Annual administration report of the Civil Veterinary Department of India - 1899-1900
Year: 1899
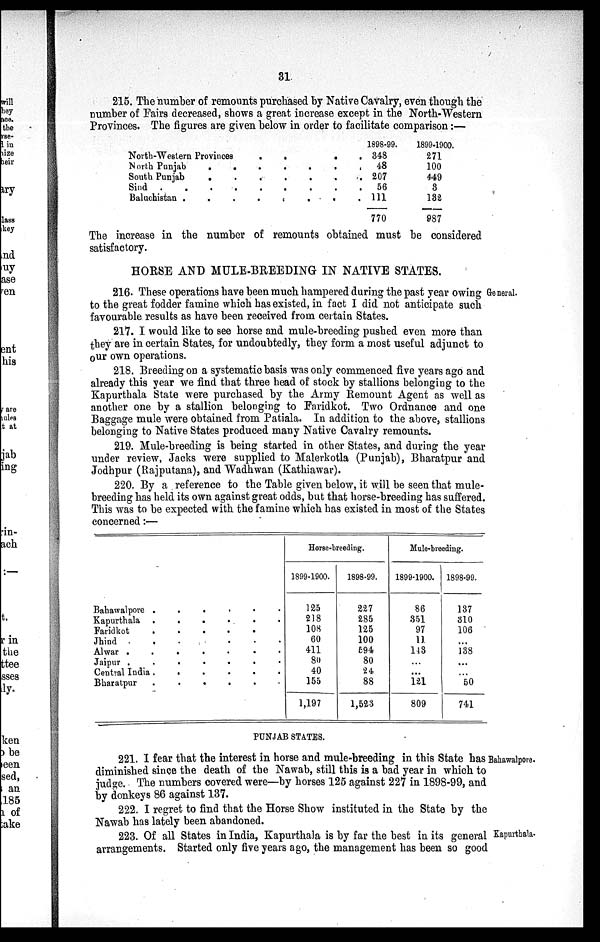
31.
215. The number of remounts purchased by Native Cavalry, even though the
number of Fairs decreased, shows a great increase except in the North-Western
Provinces. The figures are given below in order to facilitate comparison:—
North-Western Provinces
.
.
North Punjab
.
.
.
.
.
.
.
South Punjab
.
.
.
.
.
.
.
Baluchistan .
.
.
.
.
.
.
1898-99.
348
48
207
56
111
770
1899-1900.
271
100
449
3
132
987
The increase in the number of remounts obtained must be considered
satisfactory.
HORSE AND MULE-BREEDING IN NATIVE STATES.
General.
216. These operations have been much hampered during the past year owing
to the great fodder famine which has existed, in fact I did not anticipate such
favourable results as have been received from certain States.
217. I would like to see horse and mule-breeding pushed even more than
they are in certain States, for undoubtedly, they form a most useful adjunct to
our own operations.
218. Breeding on a systematic basis was only commenced five years ago and
already this year we find that three head of stock by stallions belonging to the
Kapurthala State were purchased by the Army Remount Agent as well as
another one by a stallion belonging to Faridkot. Two Ordnance and one
Baggage mule were obtained from Patiala. In addition to the above, stallions
belonging to Native States produced many Native Cavalry remounts.
219. Mule-breeding is being started in other States, and during the year
under review. Jacks were supplied to Malerkotla (Punjab), Bharatpur and
Jodhpur (Rajputana), and Wadhwan (Kathiawar).
220. By a reference to the Table given below, it will be seen that mule-
breeding has held its own against great odds, but that horse-breeding has suffered.
This was to be expected with the famine which has existed in most of the States
concerned:—
Bahawalpore . .. . . .... . . . . .. . . .
Kapurthala .
.
.
. .
.
Faridkot
.
Jhind . . . . . . . . .
Alwar .
.
.
.
.
Jaipur .
.
.
.
.
.
.
Central India .
.
.
.
.
.
Bharatpur
.
.
.
.
.
.
Horse-breeding.
1899-1900.
125
218
108
60
411
80
40
155
1,197
1898-99.
227
285
125
100
594
80
24
88
1,523
Mule-breeding.
1899-1900.
86
351
97
11
143
...
...
121
809
1898-99.
137
310
106 .
. . . .
138
. . . .
. . . .
50
741
PUNJAB STATES.
Bahawalpore.
221. I fear that the interest in horse and mule-breeding in this State has
diminished since the death of the Nawab, still this is a bad year in which to
judge. The numbers covered were—by horses 125 against 227 in 1898-99, and
by donkeys 86 against 137.
222. I regret to find that the Horse Show instituted in the State by the
Nawab has lately been abandoned.
Kapurthala.
223. Of all States in India, Kapurthala is by far the best in its general
arrangements. Started only five years ago, the management has been so good